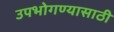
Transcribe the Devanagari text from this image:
उपभोगण्यासाठी